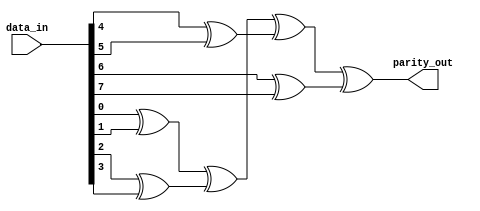
module parity_assign(
    data_in,
    parity_out
);
    input [7:0]data_in;
    output parity_out;

    assign parity_out = (data_in[0]^data_in[1])^
                        (data_in[2]^data_in[3])^
                        (data_in[4]^data_in[5])^
                        (data_in[6]^data_in[7]);
endmodule